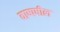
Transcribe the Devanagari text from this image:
वाष्पषील